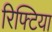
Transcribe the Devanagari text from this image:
रिफ्टिया